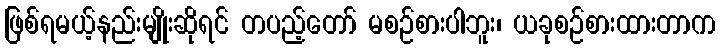
ဖြစ်ရမယ့်နည်းမျိုးဆိုရင် တပည့်တော် မစဉ်စားပါဘူး၊ ယခုစဉ်စားထားတာက